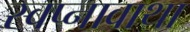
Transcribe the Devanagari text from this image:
स्वप्नावाथा